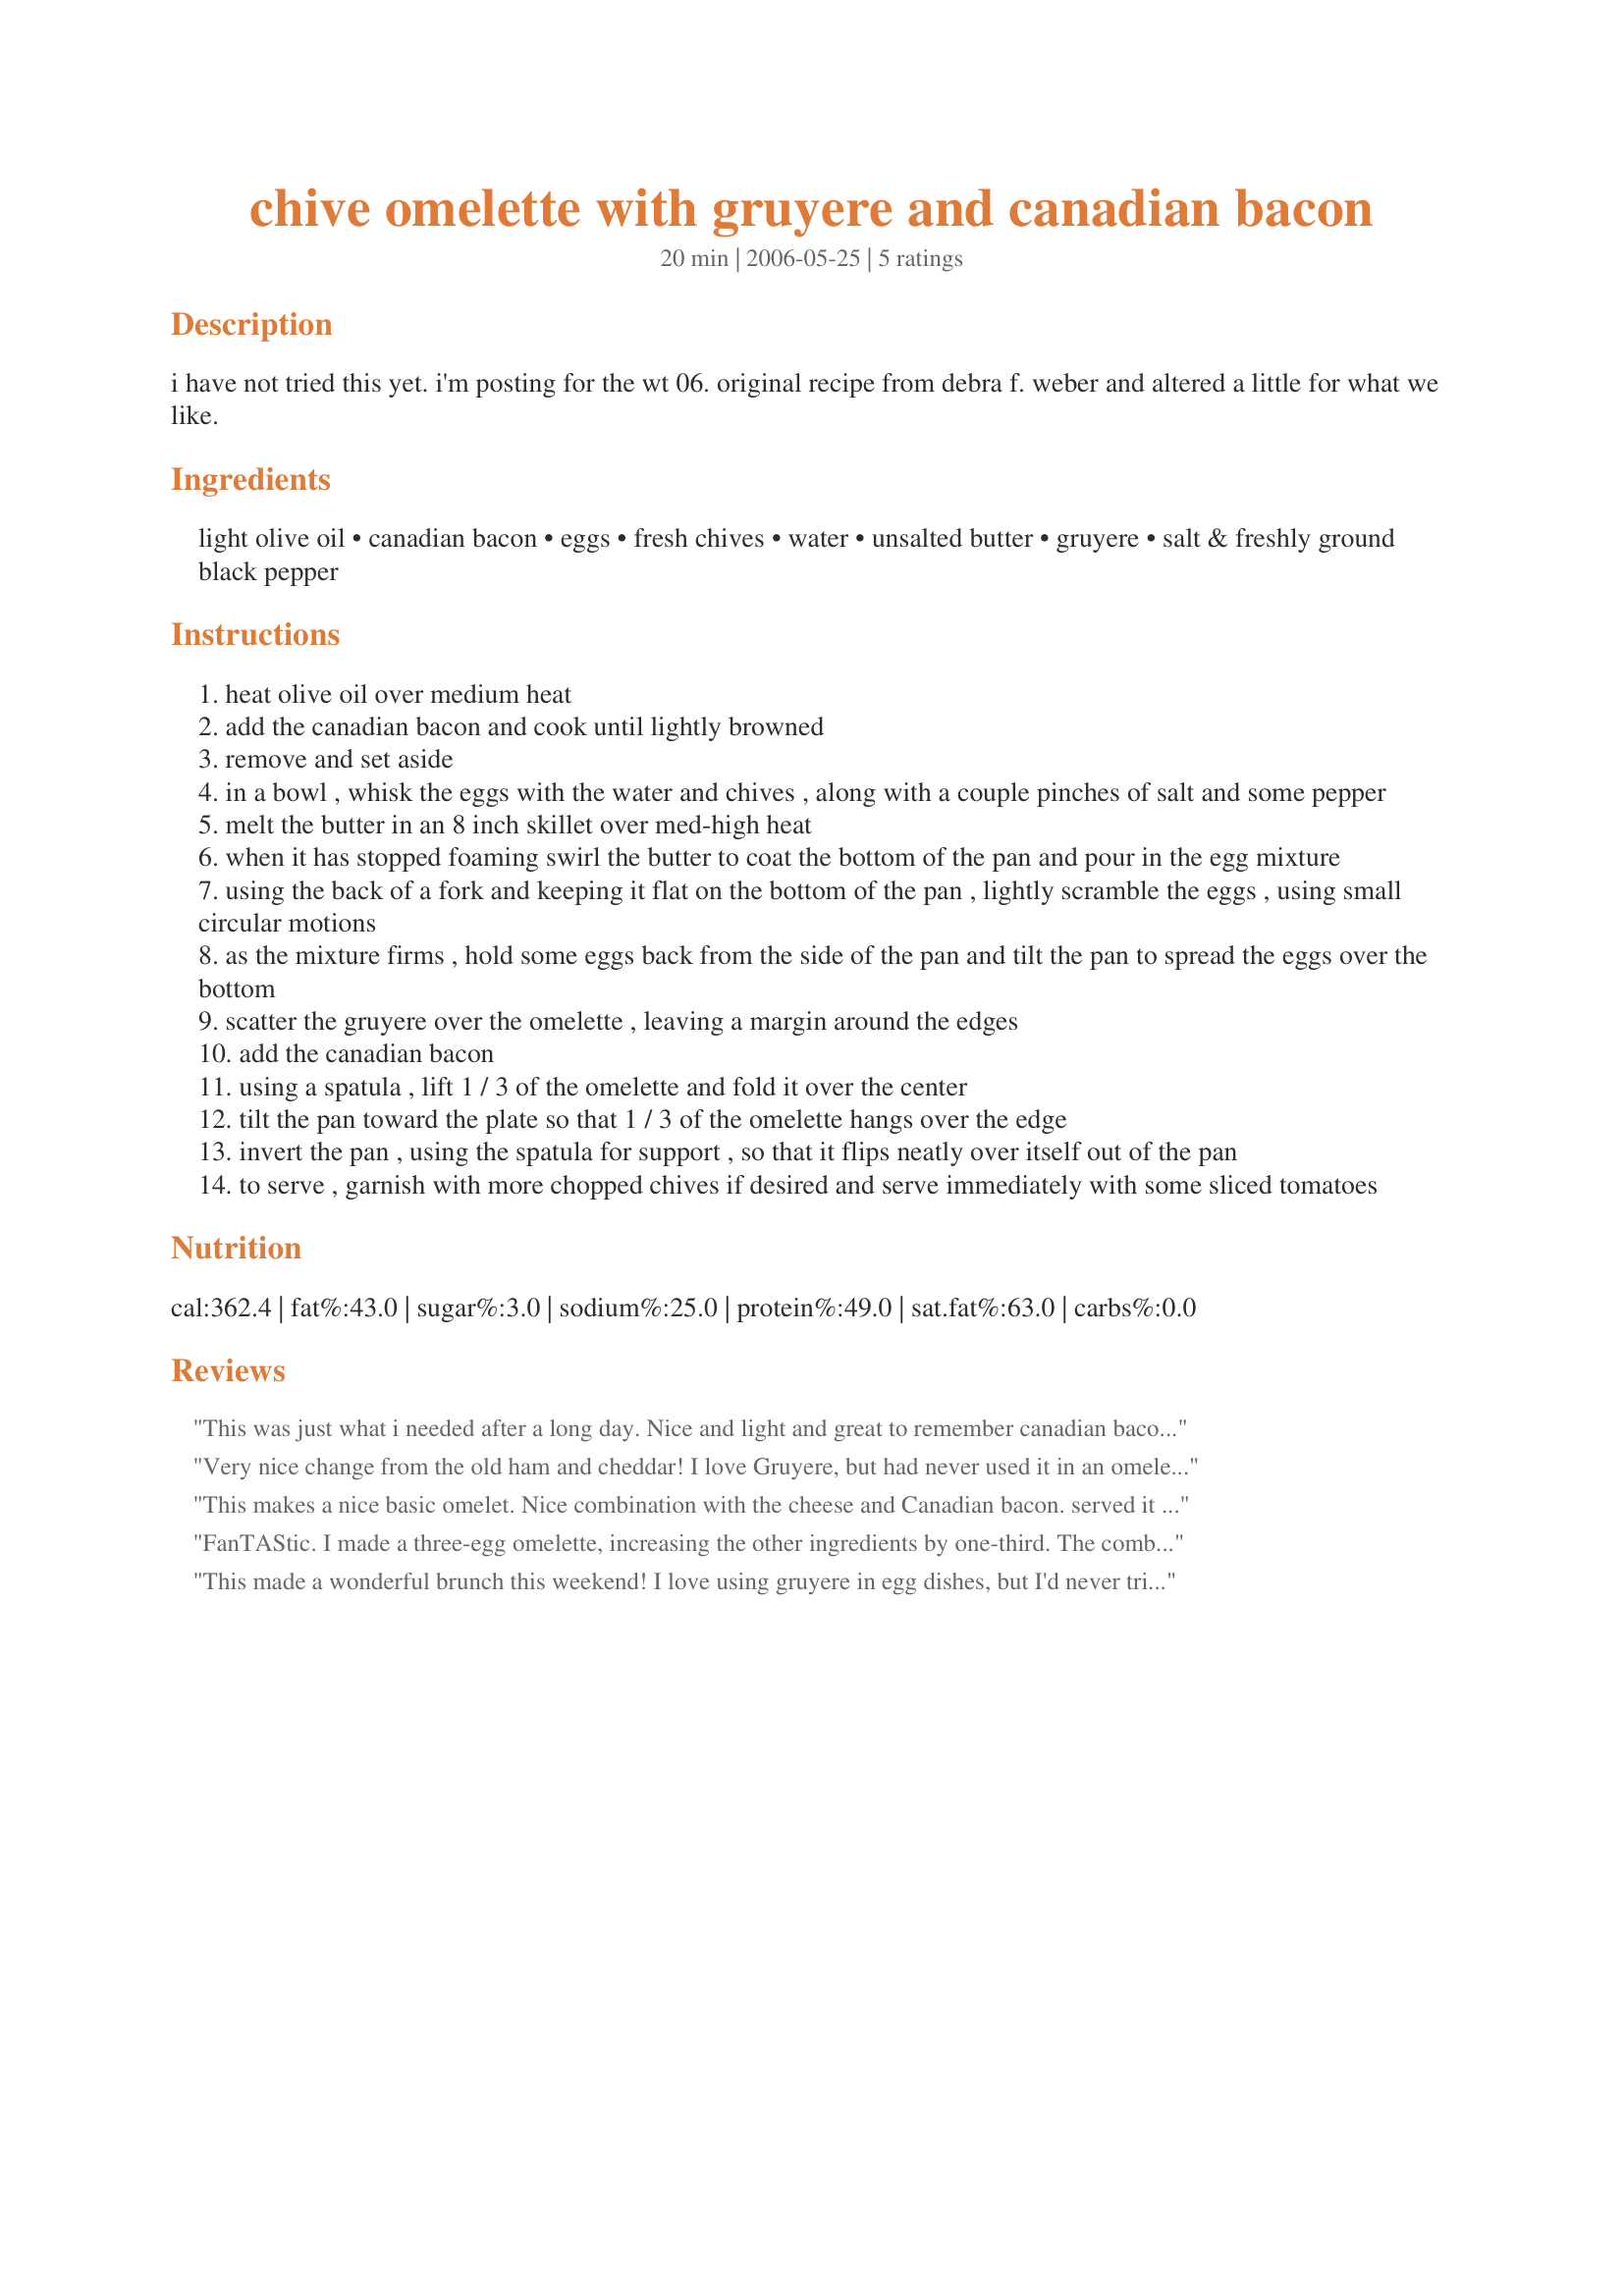
chive omelette with gruyere and canadian bacon
Preparation time: 20 minutes

i have not tried this yet. i'm posting for the wt 06. original recipe from debra f. weber and altered a little for what we like.

Ingredients:
light olive oil, canadian bacon, eggs, fresh chives, water, unsalted butter, gruyere, salt & freshly ground black pepper

Steps:
heat olive oil over medium heat
add the canadian bacon and cook until lightly browned
remove and set aside
in a bowl , whisk the eggs with the water and chives , along with a couple pinches of salt and some pepper
melt the butter in an 8 inch skillet over med-high heat
when it has stopped foaming swirl the butter to coat the bottom of the pan and pour in the egg mixture
using the back of a fork and keeping it flat on the bottom of the pan , lightly scramble the eggs , using small circular motions
as the mixture firms , hold some eggs back from the side of the pan and tilt the pan to spread the eggs over the bottom
scatter the gruyere over the omelette , leaving a margin around the edges
add the canadian bacon
using a spatula , lift 1 / 3 of the omelette and fold it over the center
tilt the pan toward the plate so that 1 / 3 of the omelette hangs over the edge
invert the pan , using the spatula for support , so that it flips neatly over itself out of the pan
to serve , garnish with more chopped chives if desired and serve immediately with some sliced tomatoes

Reviews:
This was just what i needed after a long day. Nice and light and great to remember canadian bacon..specially since im canadian :)
Very nice change from the old ham and cheddar! I love Gruyere, but had never used it in an omelet. Going to try it in an asparagus omelet next! Nice melting cheese. I found Canadian bacon that has been peppered, so that added a nice flavor also. Thanks for posting this!
This makes a nice basic omelet. Nice combination with the cheese and Canadian bacon. served it with siced tomatoes and sourdough biscuits.
FanTAStic. I made a three-egg omelette, increasing the other ingredients by one-third. The combination of chives, gruyere and canadian bacon is excellent. Try it, you'll like it! I served it with Recipe #133133 #133133 which was an inspired pairing.
This made a wonderful brunch this weekend! I love using gruyere in egg dishes, but I'd never tried it with Canadian bacon before. Very tasty combo. Thanks Nimz!
